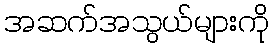
အဆက်အသွယ်များကို